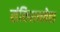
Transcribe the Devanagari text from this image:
संविधानवेत्ता